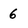
Character: 6